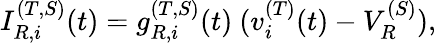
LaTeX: I_{R,i}^{(T,S)}(t)=g_{R,i}^{(T,S)}(t)~(v_{i}^{(T)}(t)-V_{R}^{(S)}),